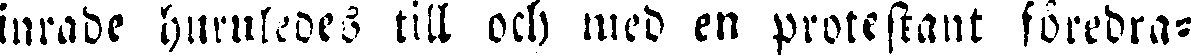
inrade huruledes till och med en protestant föredra-